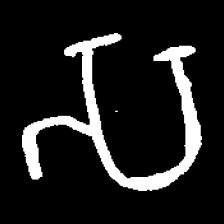
Pyu character \u2014 Myanmar letter: သ (romanized: sa)